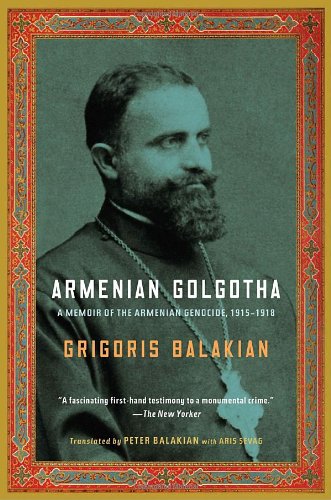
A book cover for Armenian Golgotha; Grigoris Balakian; Biographies & Memoirs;